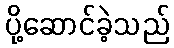
ပို့ဆောင်ခဲ့သည်